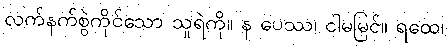
လက်နက်စွဲကိုင်သော သူရဲကို။ န ပေဿ၊ ငါမမြင်။ ရထေ၊